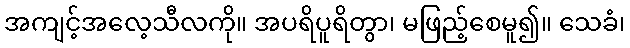
အကျင့်အလေ့သီလကို။ အပရိပူရိတွာ၊ မဖြည့်စေမူ၍။ သေခံ၊